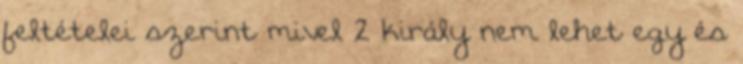
feltételei szerint mivel 2 király nem lehet egy és